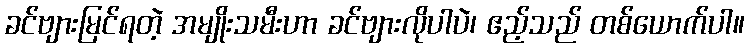
ခင်ဗျားမြင်ရတဲ့ အမျိုးသမီးဟာ ခင်ဗျားလိုပါပဲ၊ ဧည့်သည် တစ်ယောက်ပါ။